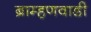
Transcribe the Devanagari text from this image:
ब्राम्हणवाडी